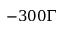
- 3 0 0 \Gamma